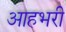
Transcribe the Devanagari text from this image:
आहभरी